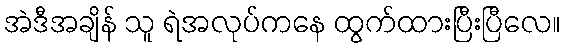
အဲဒီအချိန် သူ ရဲအလုပ်ကနေ ထွက်ထားပြီးပြီလေ။